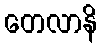
တေလာနိ